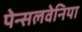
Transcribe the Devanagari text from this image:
पेन्सलवेनिया